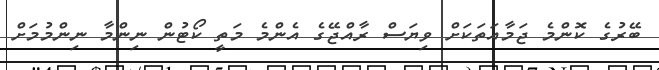
ބޭރުގެ ކޮންމެ ޖަމާއަތަކަށް ވިޔަސް ރާއްޖޭގެ އެންމެ މަތީ ކޯޓުން ނިންމާ ނިންމުމަށް